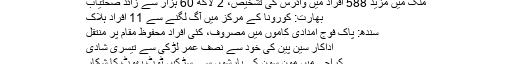
ملک میں مزید 588 افراد میں وائرس کی تشخیص، 2 لاکھ 60 ہزار سے زائد صحتیاب
بھارت: کورونا کے مرکز میں آگ لگنے سے 11 افراد ہلاک
سندھ: پاک فوج امدادی کاموں میں مصروف، کئی افراد محفوظ مقام پر منتقل
اداکار سین پین کی خود سے نصف عمر لڑکی سے تیسری شادی
کراچی میں مون سون کی بارشوں سے سڑکیں ٹوٹ پھوٹ کا شکار